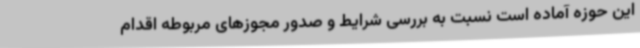
این حوزه آماده است نسبت به بررسی شرایط و صدور مجوزهای مربوطه اقدام